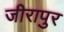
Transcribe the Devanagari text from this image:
जीरापुर